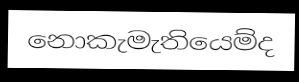
නොකැමැතියෙම්ද